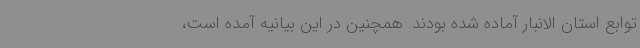
توابع استان الانبار آماده شده بودند. همچنین در این بیانیه آمده است،